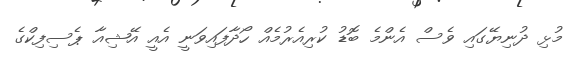
މުޅި ދުނިޔޭގައި ވެސް އެންމެ ބޮޑު ކުރިއެރުމެއް ހޯދާފައިވަނީ އެއީ އޭޝިއާ ޕެސިފިކްގެ